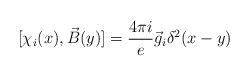
\begin{align*}[\chi_i(x),\vec B(y)]=\frac{4\pi i}{e}\vec g_i\delta^2(x-y)\end{align*}